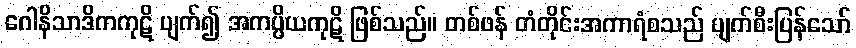
ဂေါနိသာဒိကကုဋိ ပျက်၍ အကပ္ပိယကုဋိ ဖြစ်သည်။ တစ်ဖန် တံတိုင်းအကာရံစသည် ပျက်စီးပြန်သော်